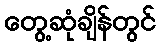
တွေ့ဆုံချိန်တွင်